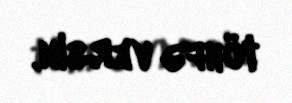
töhfə versin.